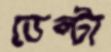
ডেল্টা